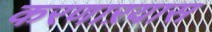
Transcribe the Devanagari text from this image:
करणाऱयास